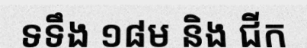
ទទឹង ១៨ម និង ជីក